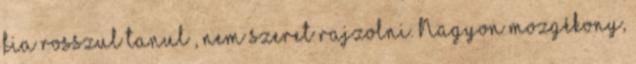
fia rosszul tanul , nem szeret rajzolni. Nagyon mozgékony,